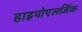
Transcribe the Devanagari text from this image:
हाइपोएलर्जिक